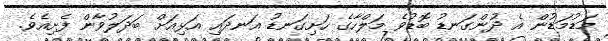
މަޑުމަޑުން އެ ދުންގަނޑު ބޮޑުވެ މަލްހާގެ ހަށިގަނޑު އަނދައި އަޅިއަށް ބަދަލުވާން ފެށިއެވެ.